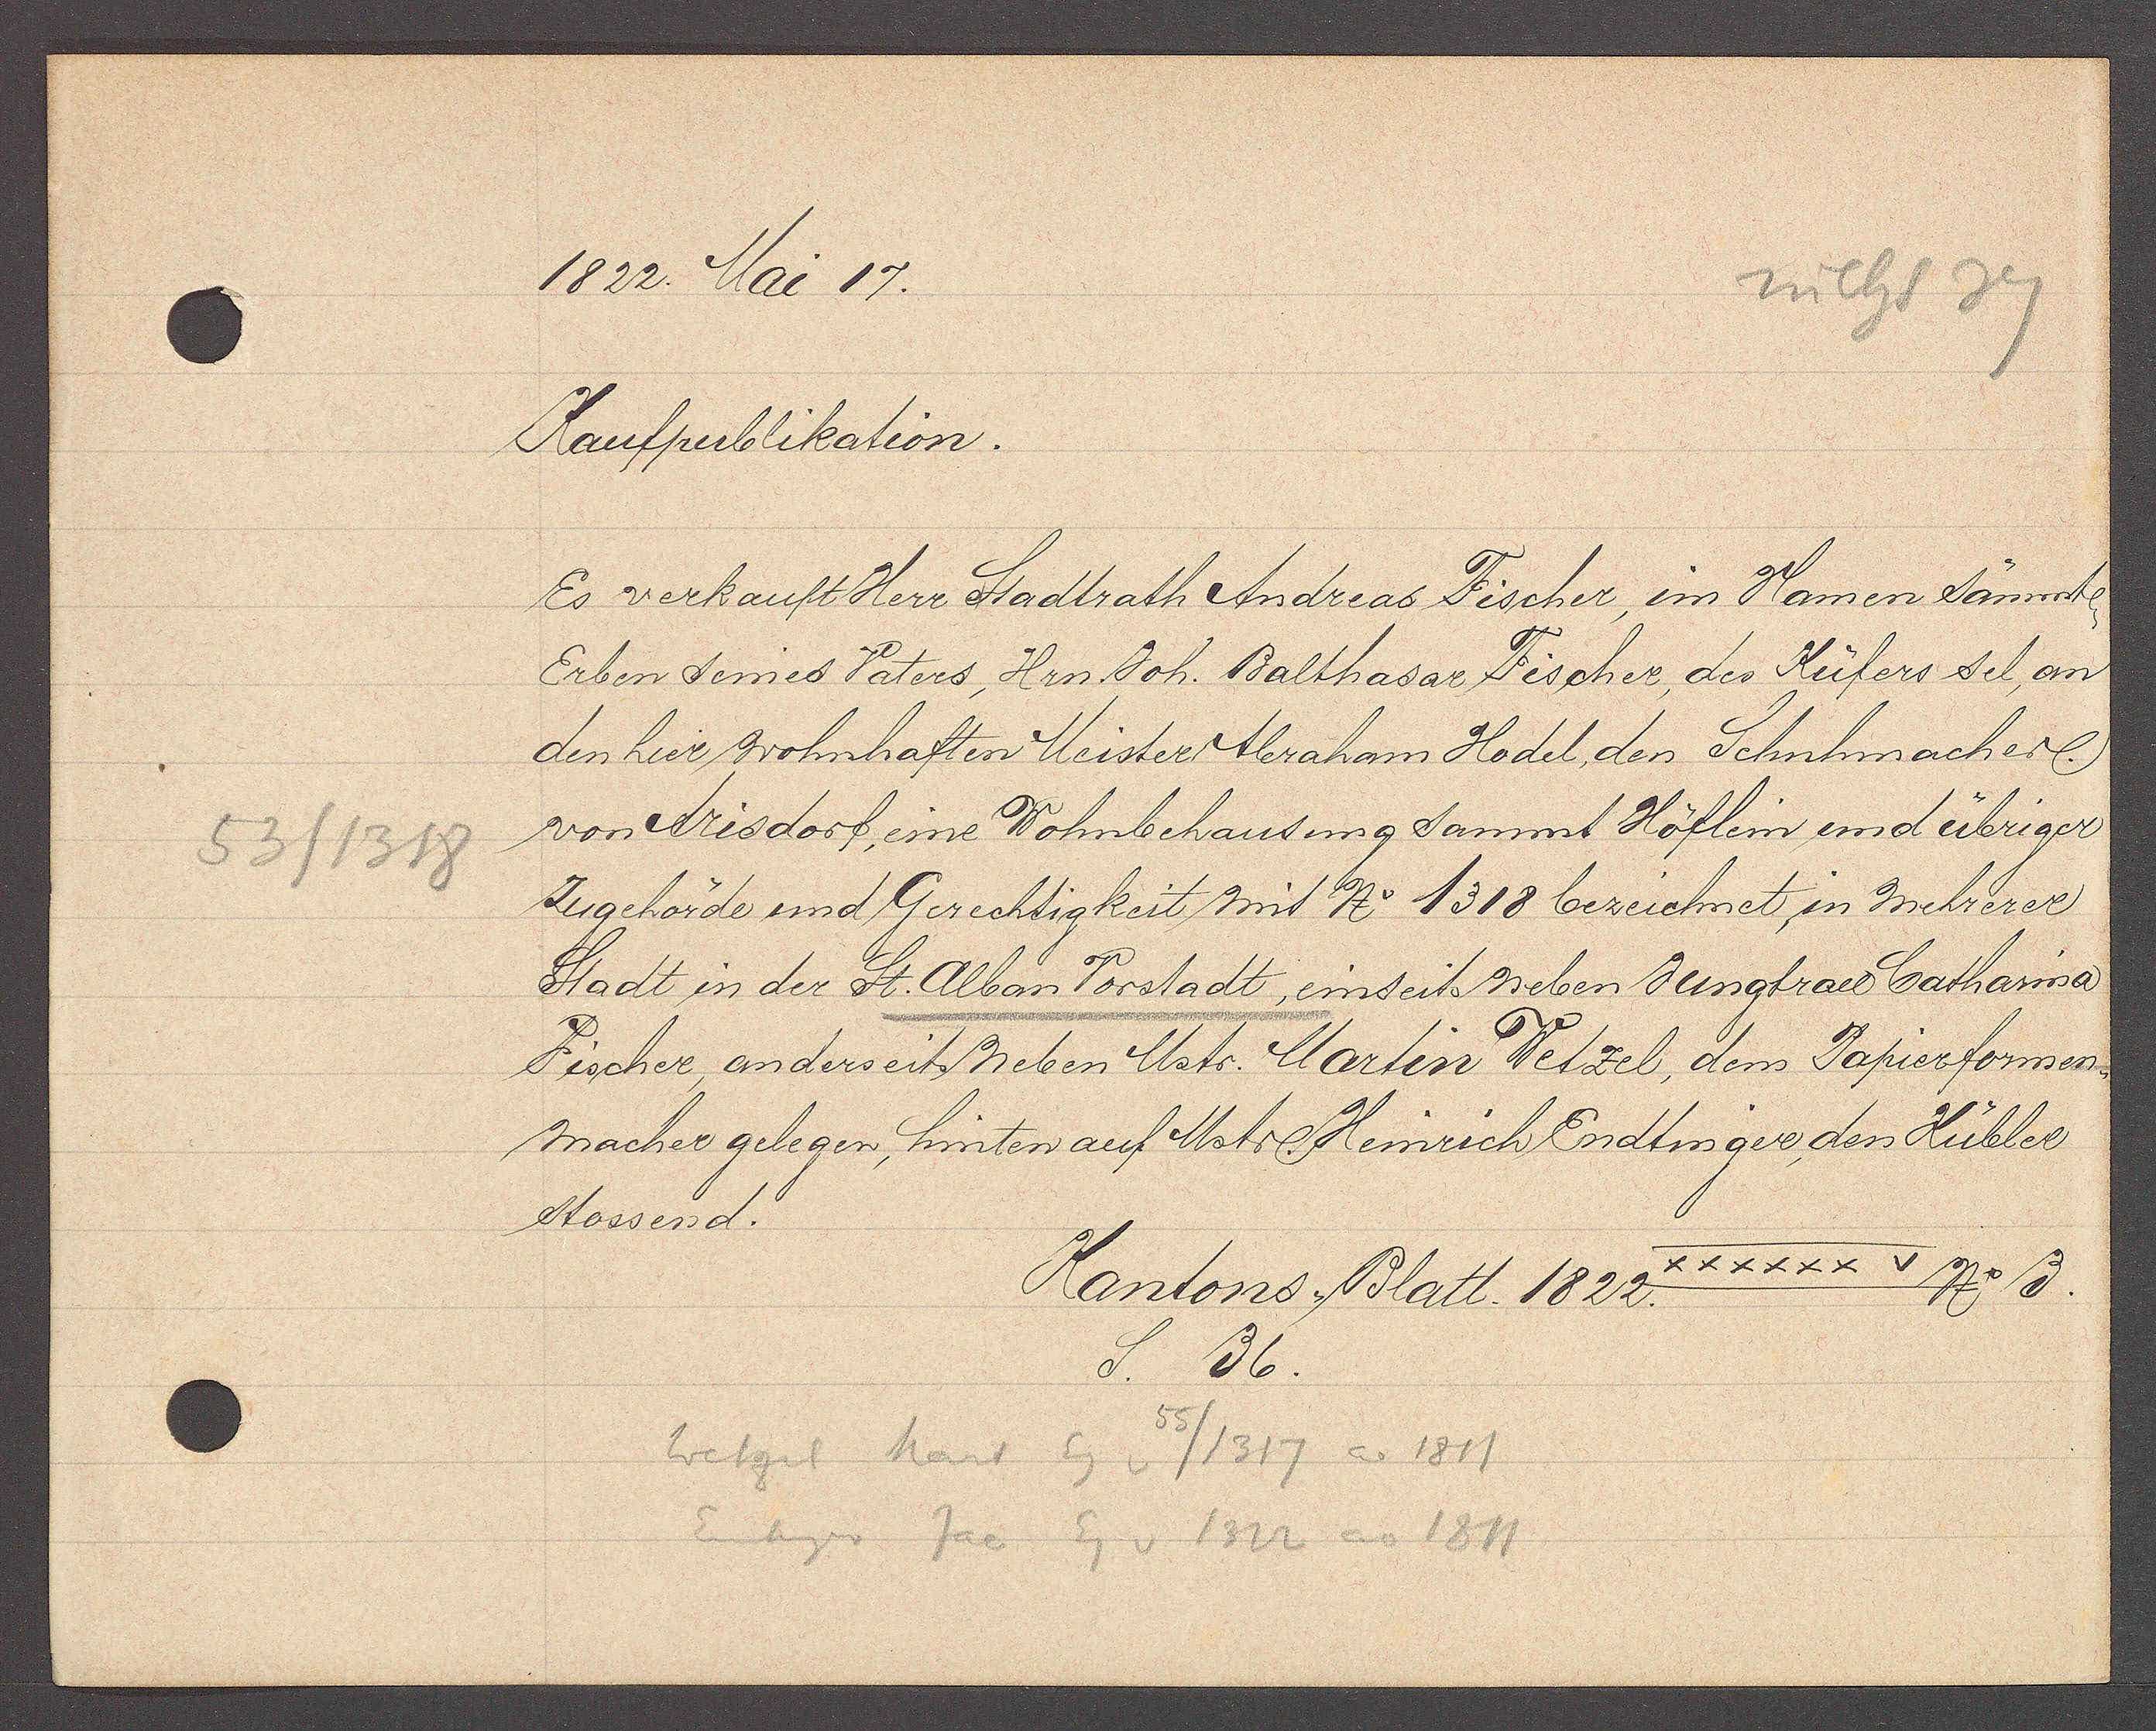
Transcript:
53/1318

1822. Mai 17.

Kaufpublikation.
Es verkauft Herr Stadtrath Andreas Fischer, im Namen sämtl
Erben seines Vaters, Hrn. Joh. Balthasar Fischer, des Küfers sel. an
den hier wohnhaften Meister Abraham Hodel, des Schuhmacher
von Arisdorf, eine Wohnbehausung sammt Höflein und übriger
Zugehörde und Gerechtigkeit mit No 1318 bezeichnet, in mehrerer
Stadt in der St. Alban Vorstadt, einseits neben Jungfrau Catharina
Fischer, anderseit neben Mstr. Martin Wetzel, dem Papierformen¬
macher gelegen, hinten auf Mstr. Heinrich Endtringer, den Kübler
stossend.

Wetzel hart Eg v 55/1317 ao 1811
Endinger Jac Eg v 1322 ao 1811
S. 36.

Kantons. Blatt. 1822 XXXXXXV No 3.
S. 36.